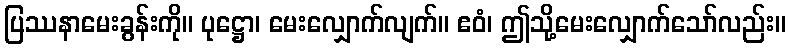
ပြဿနာမေးခွန်းကို။ ပုဋ္ဌော၊ မေးလျှောက်လျက်။ ဧဝံ၊ ဤသို့မေးလျှောက်သော်လည်း။